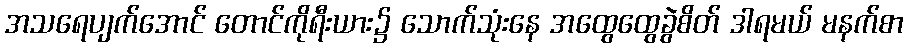
အသရေပျက်အောင် တောင်ကိုရီးယား၌ သောက်သုံးနေ အထွေထွေခွဲစိတ် ဒါရမယ် မနက်စာ